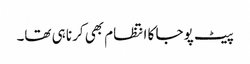
پیٹ پوجا کا انتظام بھی کرنا ہی تھا۔